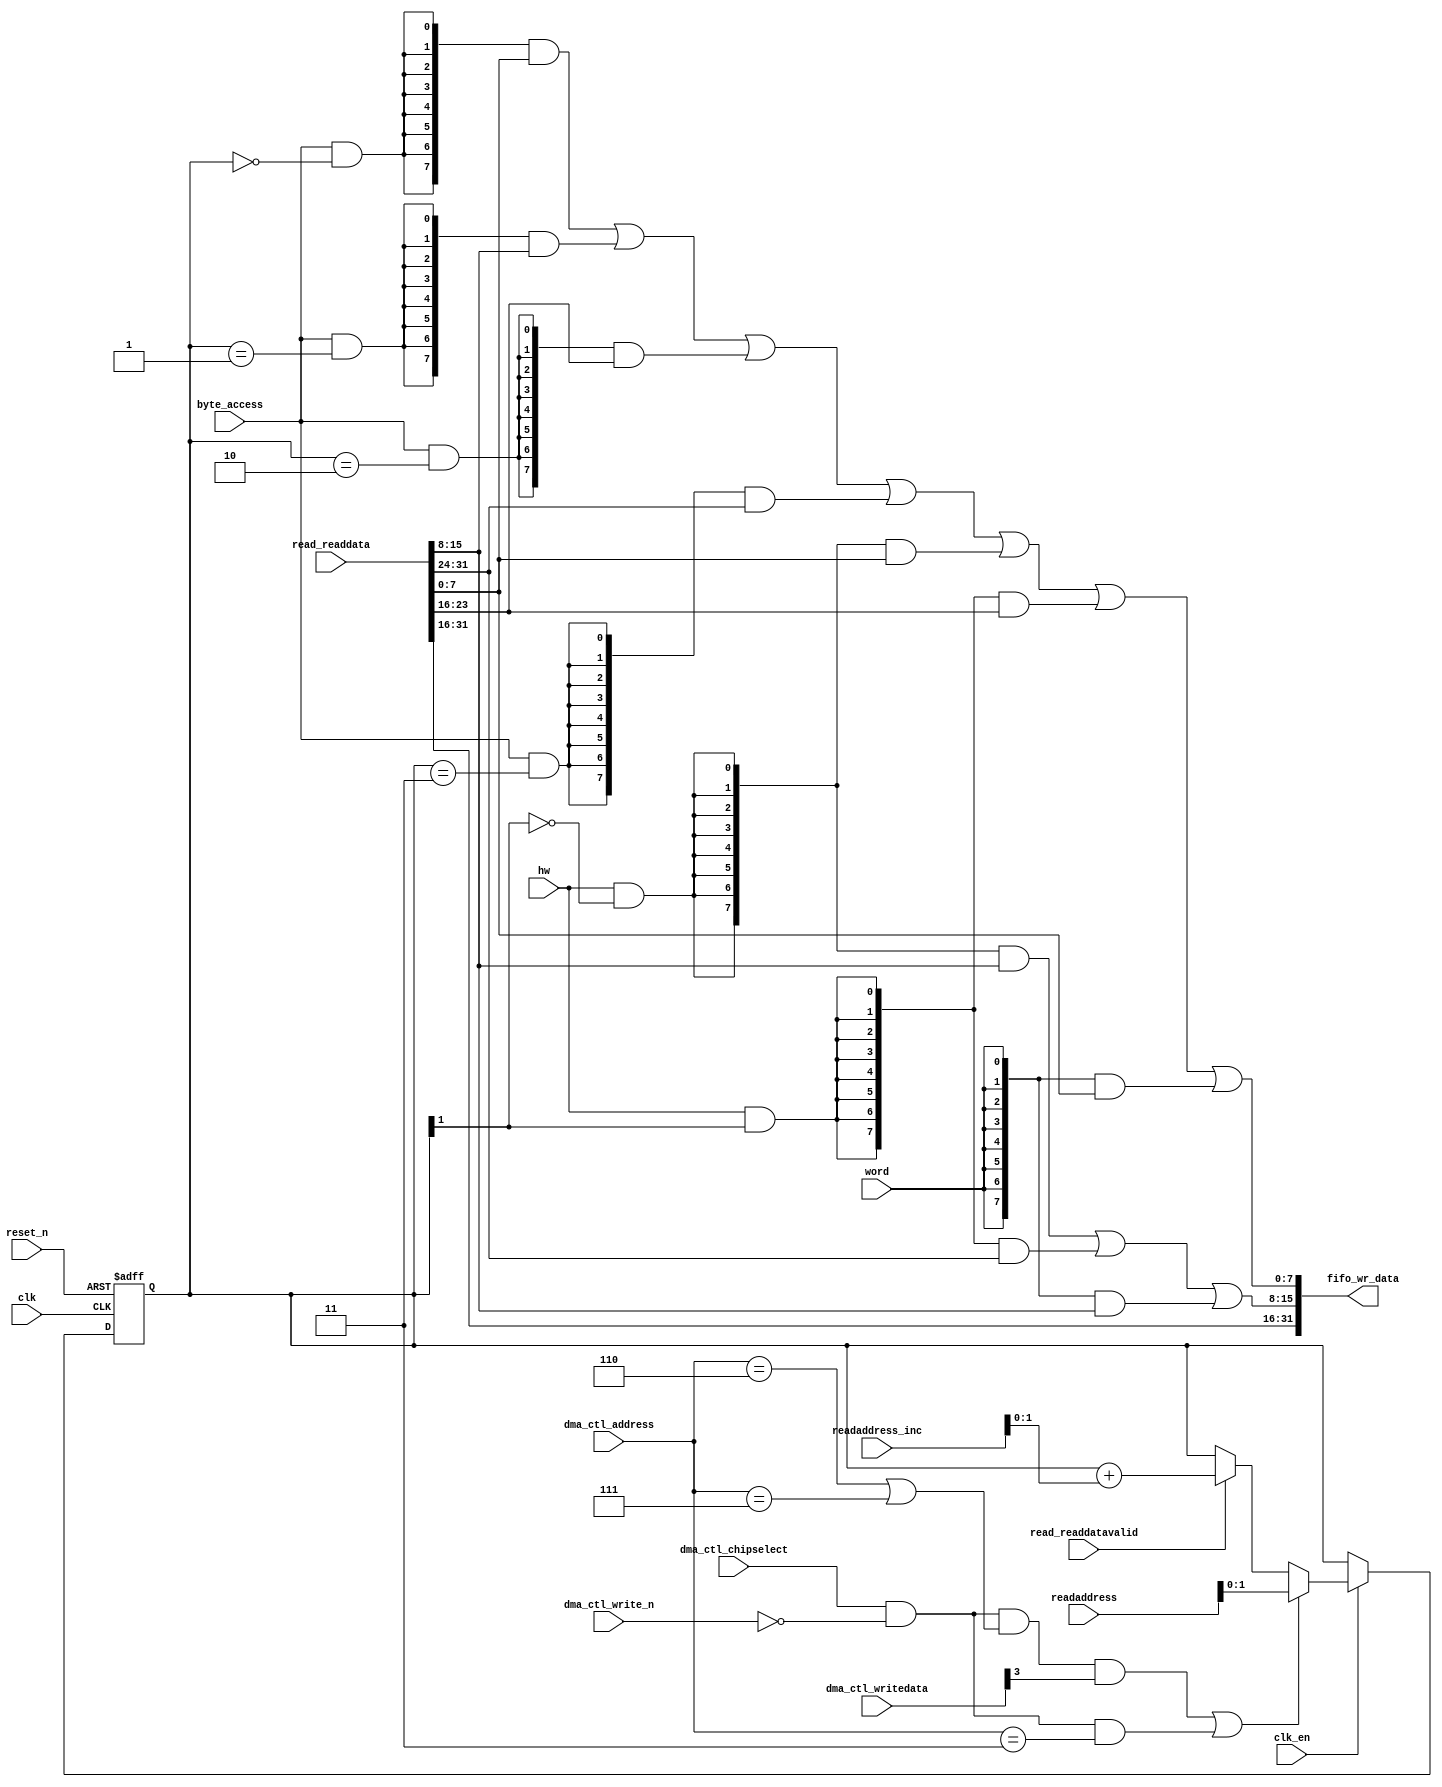
//Legal Notice: (C)2012 Altera Corporation. All rights reserved.  Your
//use of Altera Corporation's design tools, logic functions and other
//software and tools, and its AMPP partner logic functions, and any
//output files any of the foregoing (including device programming or
//simulation files), and any associated documentation or information are
//expressly subject to the terms and conditions of the Altera Program
//License Subscription Agreement or other applicable license agreement,
//including, without limitation, that your use is for the sole purpose
//of programming logic devices manufactured by Altera and sold by Altera
//or its authorized distributors.  Please refer to the applicable
//agreement for further details.

// synthesis translate_off
`timescale 1ns / 1ps
// synthesis translate_on

// turn off superfluous verilog processor warnings 
// altera message_level Level1 
// altera message_off 10034 10035 10036 10037 10230 10240 10030 

module limbus_sys_dma_read_data_mux (
                                      // inputs:
                                       byte_access,
                                       clk,
                                       clk_en,
                                       dma_ctl_address,
                                       dma_ctl_chipselect,
                                       dma_ctl_write_n,
                                       dma_ctl_writedata,
                                       hw,
                                       read_readdata,
                                       read_readdatavalid,
                                       readaddress,
                                       readaddress_inc,
                                       reset_n,
                                       word,

                                      // outputs:
                                       fifo_wr_data
                                    )
;

  output  [ 31: 0] fifo_wr_data;
  input            byte_access;
  input            clk;
  input            clk_en;
  input   [  2: 0] dma_ctl_address;
  input            dma_ctl_chipselect;
  input            dma_ctl_write_n;
  input   [ 24: 0] dma_ctl_writedata;
  input            hw;
  input   [ 31: 0] read_readdata;
  input            read_readdatavalid;
  input   [ 24: 0] readaddress;
  input   [  4: 0] readaddress_inc;
  input            reset_n;
  input            word;

  wire             control_write;
  wire    [ 31: 0] fifo_wr_data;
  wire             length_write;
  wire    [  1: 0] read_data_mux_input;
  reg     [  1: 0] readdata_mux_select;
  assign control_write = dma_ctl_chipselect & ~dma_ctl_write_n & ((dma_ctl_address == 6) || (dma_ctl_address == 7));
  assign length_write = dma_ctl_chipselect & ~dma_ctl_write_n & (dma_ctl_address == 3);
  assign read_data_mux_input = ((control_write && dma_ctl_writedata[3] || length_write))? readaddress[1 : 0] :
    (read_readdatavalid)? (readdata_mux_select + readaddress_inc) :
    readdata_mux_select;

  // Reset value: the transaction size bits of the read address reset value.
  always @(posedge clk or negedge reset_n)
    begin
      if (reset_n == 0)
          readdata_mux_select <= 0;
      else if (clk_en)
          readdata_mux_select <= read_data_mux_input[1 : 0];
    end


  assign fifo_wr_data[31 : 16] = read_readdata[31 : 16];
  assign fifo_wr_data[15 : 8] = ({8 {(hw & (readdata_mux_select[1] == 0))}} & read_readdata[15 : 8]) |
    ({8 {(hw & (readdata_mux_select[1] == 1))}} & read_readdata[31 : 24]) |
    ({8 {word}} & read_readdata[15 : 8]);

  assign fifo_wr_data[7 : 0] = ({8 {(byte_access & (readdata_mux_select[1 : 0] == 0))}} & read_readdata[7 : 0]) |
    ({8 {(byte_access & (readdata_mux_select[1 : 0] == 1))}} & read_readdata[15 : 8]) |
    ({8 {(byte_access & (readdata_mux_select[1 : 0] == 2))}} & read_readdata[23 : 16]) |
    ({8 {(byte_access & (readdata_mux_select[1 : 0] == 3))}} & read_readdata[31 : 24]) |
    ({8 {(hw & (readdata_mux_select[1] == 0))}} & read_readdata[7 : 0]) |
    ({8 {(hw & (readdata_mux_select[1] == 1))}} & read_readdata[23 : 16]) |
    ({8 {word}} & read_readdata[7 : 0]);


endmodule


// synthesis translate_off
`timescale 1ns / 1ps
// synthesis translate_on

// turn off superfluous verilog processor warnings 
// altera message_level Level1 
// altera message_off 10034 10035 10036 10037 10230 10240 10030 

module limbus_sys_dma_byteenables (
                                    // inputs:
                                     byte_access,
                                     hw,
                                     word,
                                     write_address,

                                    // outputs:
                                     write_byteenable
                                  )
;

  output  [  3: 0] write_byteenable;
  input            byte_access;
  input            hw;
  input            word;
  input   [ 24: 0] write_address;

  wire             wa_1_is_0;
  wire             wa_1_is_1;
  wire             wa_1_to_0_is_0;
  wire             wa_1_to_0_is_1;
  wire             wa_1_to_0_is_2;
  wire             wa_1_to_0_is_3;
  wire    [  3: 0] write_byteenable;
  assign wa_1_to_0_is_3 = write_address[1 : 0] == 2'h3;
  assign wa_1_to_0_is_2 = write_address[1 : 0] == 2'h2;
  assign wa_1_to_0_is_1 = write_address[1 : 0] == 2'h1;
  assign wa_1_to_0_is_0 = write_address[1 : 0] == 2'h0;
  assign wa_1_is_1 = write_address[1] == 1'h1;
  assign wa_1_is_0 = write_address[1] == 1'h0;
  assign write_byteenable = ({4 {byte_access}} & {wa_1_to_0_is_3, wa_1_to_0_is_2, wa_1_to_0_is_1, wa_1_to_0_is_0}) |
    ({4 {hw}} & {wa_1_is_1, wa_1_is_1, wa_1_is_0, wa_1_is_0}) |
    ({4 {word}} & 4'b1111);


endmodule


// synthesis translate_off
`timescale 1ns / 1ps
// synthesis translate_on

// turn off superfluous verilog processor warnings 
// altera message_level Level1 
// altera message_off 10034 10035 10036 10037 10230 10240 10030 

module limbus_sys_dma_fifo_module_fifo_ram_module (
                                                    // inputs:
                                                     clk,
                                                     data,
                                                     rdaddress,
                                                     rdclken,
                                                     reset_n,
                                                     wraddress,
                                                     wrclock,
                                                     wren,

                                                    // outputs:
                                                     q
                                                  )
;

  output  [ 31: 0] q;
  input            clk;
  input   [ 31: 0] data;
  input   [  7: 0] rdaddress;
  input            rdclken;
  input            reset_n;
  input   [  7: 0] wraddress;
  input            wrclock;
  input            wren;

  reg     [ 31: 0] mem_array [255: 0];
  wire    [ 31: 0] q;
  reg     [  7: 0] read_address;

//synthesis translate_off
//////////////// SIMULATION-ONLY CONTENTS
  always @(posedge clk or negedge reset_n)
    begin
      if (reset_n == 0)
          read_address <= 0;
      else if (rdclken)
          read_address <= rdaddress;
    end


  // Data read is synchronized through latent_rdaddress.
  assign q = mem_array[read_address];

  always @(posedge wrclock)
    begin
      // Write data
      if (wren)
          mem_array[wraddress] <= data;
    end



//////////////// END SIMULATION-ONLY CONTENTS

//synthesis translate_on
//synthesis read_comments_as_HDL on
//  always @(rdaddress)
//    begin
//      read_address = rdaddress;
//    end
//
//
//  lpm_ram_dp lpm_ram_dp_component
//    (
//      .data (data),
//      .q (q),
//      .rdaddress (read_address),
//      .rdclken (rdclken),
//      .rdclock (clk),
//      .wraddress (wraddress),
//      .wrclock (wrclock),
//      .wren (wren)
//    );
//
//  defparam lpm_ram_dp_component.lpm_file = "UNUSED",
//           lpm_ram_dp_component.lpm_hint = "USE_EAB=ON",
//           lpm_ram_dp_component.lpm_indata = "REGISTERED",
//           lpm_ram_dp_component.lpm_outdata = "UNREGISTERED",
//           lpm_ram_dp_component.lpm_rdaddress_control = "REGISTERED",
//           lpm_ram_dp_component.lpm_width = 32,
//           lpm_ram_dp_component.lpm_widthad = 8,
//           lpm_ram_dp_component.lpm_wraddress_control = "REGISTERED",
//           lpm_ram_dp_component.suppress_memory_conversion_warnings = "ON";
//
//synthesis read_comments_as_HDL off

endmodule


// synthesis translate_off
`timescale 1ns / 1ps
// synthesis translate_on

// turn off superfluous verilog processor warnings 
// altera message_level Level1 
// altera message_off 10034 10035 10036 10037 10230 10240 10030 

module limbus_sys_dma_fifo_module (
                                    // inputs:
                                     clk,
                                     clk_en,
                                     fifo_read,
                                     fifo_wr_data,
                                     fifo_write,
                                     flush_fifo,
                                     inc_pending_data,
                                     reset_n,

                                    // outputs:
                                     fifo_datavalid,
                                     fifo_empty,
                                     fifo_rd_data,
                                     p1_fifo_full
                                  )
;

  output           fifo_datavalid;
  output           fifo_empty;
  output  [ 31: 0] fifo_rd_data;
  output           p1_fifo_full;
  input            clk;
  input            clk_en;
  input            fifo_read;
  input   [ 31: 0] fifo_wr_data;
  input            fifo_write;
  input            flush_fifo;
  input            inc_pending_data;
  input            reset_n;

  wire    [  7: 0] estimated_rdaddress;
  reg     [  7: 0] estimated_wraddress;
  wire             fifo_datavalid;
  wire             fifo_dec;
  reg              fifo_empty;
  reg              fifo_full;
  wire             fifo_inc;
  wire    [ 31: 0] fifo_ram_q;
  wire    [ 31: 0] fifo_rd_data;
  reg              last_write_collision;
  reg     [ 31: 0] last_write_data;
  wire    [  7: 0] p1_estimated_wraddress;
  wire             p1_fifo_empty;
  wire             p1_fifo_full;
  wire    [  7: 0] p1_wraddress;
  wire    [  7: 0] rdaddress;
  reg     [  7: 0] rdaddress_reg;
  reg     [  7: 0] wraddress;
  wire             write_collision;
  assign p1_wraddress = (fifo_write)? wraddress - 1 :
    wraddress;

  always @(posedge clk or negedge reset_n)
    begin
      if (reset_n == 0)
          wraddress <= 0;
      else if (clk_en)
          if (flush_fifo)
              wraddress <= 0;
          else 
            wraddress <= p1_wraddress;
    end


  assign rdaddress = flush_fifo ? 0 : fifo_read ? (rdaddress_reg - 1) : rdaddress_reg;
  always @(posedge clk or negedge reset_n)
    begin
      if (reset_n == 0)
          rdaddress_reg <= 0;
      else 
        rdaddress_reg <= rdaddress;
    end


  assign fifo_datavalid = ~fifo_empty;
  assign fifo_inc = fifo_write & ~fifo_read;
  assign fifo_dec = fifo_read & ~fifo_write;
  assign estimated_rdaddress = rdaddress_reg - 1;
  assign p1_estimated_wraddress = (inc_pending_data)? estimated_wraddress - 1 :
    estimated_wraddress;

  always @(posedge clk or negedge reset_n)
    begin
      if (reset_n == 0)
          estimated_wraddress <= {8 {1'b1}};
      else if (clk_en)
          if (flush_fifo)
              estimated_wraddress <= {8 {1'b1}};
          else 
            estimated_wraddress <= p1_estimated_wraddress;
    end


  assign p1_fifo_empty = flush_fifo  | ((~fifo_inc & fifo_empty) | (fifo_dec & (wraddress == estimated_rdaddress)));
  always @(posedge clk or negedge reset_n)
    begin
      if (reset_n == 0)
          fifo_empty <= 1;
      else if (clk_en)
          fifo_empty <= p1_fifo_empty;
    end


  assign p1_fifo_full = ~flush_fifo & ((~fifo_dec & fifo_full)  | (inc_pending_data & (estimated_wraddress == rdaddress)));
  always @(posedge clk or negedge reset_n)
    begin
      if (reset_n == 0)
          fifo_full <= 0;
      else if (clk_en)
          fifo_full <= p1_fifo_full;
    end


  assign write_collision = fifo_write && (wraddress == rdaddress);
  always @(posedge clk or negedge reset_n)
    begin
      if (reset_n == 0)
          last_write_data <= 0;
      else if (write_collision)
          last_write_data <= fifo_wr_data;
    end


  always @(posedge clk or negedge reset_n)
    begin
      if (reset_n == 0)
          last_write_collision <= 0;
      else if (write_collision)
          last_write_collision <= -1;
      else if (fifo_read)
          last_write_collision <= 0;
    end


  assign fifo_rd_data = last_write_collision ? last_write_data : fifo_ram_q;
  //limbus_sys_dma_fifo_module_fifo_ram, which is an e_ram
  limbus_sys_dma_fifo_module_fifo_ram_module limbus_sys_dma_fifo_module_fifo_ram
    (
      .clk       (clk),
      .data      (fifo_wr_data),
      .q         (fifo_ram_q),
      .rdaddress (rdaddress),
      .rdclken   (1'b1),
      .reset_n   (reset_n),
      .wraddress (wraddress),
      .wrclock   (clk),
      .wren      (fifo_write)
    );


endmodule


// synthesis translate_off
`timescale 1ns / 1ps
// synthesis translate_on

// turn off superfluous verilog processor warnings 
// altera message_level Level1 
// altera message_off 10034 10035 10036 10037 10230 10240 10030 

module limbus_sys_dma_mem_read (
                                 // inputs:
                                  clk,
                                  clk_en,
                                  go,
                                  p1_done_read,
                                  p1_fifo_full,
                                  read_waitrequest,
                                  reset_n,

                                 // outputs:
                                  inc_read,
                                  mem_read_n
                               )
;

  output           inc_read;
  output           mem_read_n;
  input            clk;
  input            clk_en;
  input            go;
  input            p1_done_read;
  input            p1_fifo_full;
  input            read_waitrequest;
  input            reset_n;

  wire             inc_read;
  reg              limbus_sys_dma_mem_read_access;
  reg              limbus_sys_dma_mem_read_idle;
  wire             mem_read_n;
  wire             p1_read_select;
  reg              read_select;
  assign mem_read_n = ~read_select;
  always @(posedge clk or negedge reset_n)
    begin
      if (reset_n == 0)
          read_select <= 0;
      else if (clk_en)
          read_select <= p1_read_select;
    end


  assign inc_read = read_select & ~read_waitrequest;
  // Transitions into state 'idle'.
  always @(posedge clk or negedge reset_n)
    begin
      if (reset_n == 0)
          limbus_sys_dma_mem_read_idle <= 1;
      else if (clk_en)
          limbus_sys_dma_mem_read_idle <= ((limbus_sys_dma_mem_read_idle == 1) & (go == 0)) |
                    ((limbus_sys_dma_mem_read_idle == 1) & (p1_done_read == 1)) |
                    ((limbus_sys_dma_mem_read_idle == 1) & (p1_fifo_full == 1)) |
                    ((limbus_sys_dma_mem_read_access == 1) & (p1_fifo_full == 1) & (read_waitrequest == 0)) |
                    ((limbus_sys_dma_mem_read_access == 1) & (p1_done_read == 1) & (read_waitrequest == 0));

    end


  // Transitions into state 'access'.
  always @(posedge clk or negedge reset_n)
    begin
      if (reset_n == 0)
          limbus_sys_dma_mem_read_access <= 0;
      else if (clk_en)
          limbus_sys_dma_mem_read_access <= ((limbus_sys_dma_mem_read_idle == 1) & (p1_fifo_full == 0) & (p1_done_read == 0) & (go == 1)) |
                    ((limbus_sys_dma_mem_read_access == 1) & (read_waitrequest == 1)) |
                    ((limbus_sys_dma_mem_read_access == 1) & (p1_fifo_full == 0) & (p1_done_read == 0) & (read_waitrequest == 0));

    end


  assign p1_read_select = ({1 {((limbus_sys_dma_mem_read_access && (read_waitrequest == 1)))}} & 1) |
    ({1 {((limbus_sys_dma_mem_read_access && (p1_done_read == 0) && (p1_fifo_full == 0) && (read_waitrequest == 0)))}} & 1) |
    ({1 {((limbus_sys_dma_mem_read_idle && (go == 1) && (p1_done_read == 0) && (p1_fifo_full == 0)))}} & 1);


endmodule


// synthesis translate_off
`timescale 1ns / 1ps
// synthesis translate_on

// turn off superfluous verilog processor warnings 
// altera message_level Level1 
// altera message_off 10034 10035 10036 10037 10230 10240 10030 

module limbus_sys_dma_mem_write (
                                  // inputs:
                                   d1_enabled_write_endofpacket,
                                   fifo_datavalid,
                                   write_waitrequest,

                                  // outputs:
                                   fifo_read,
                                   inc_write,
                                   mem_write_n,
                                   write_select
                                )
;

  output           fifo_read;
  output           inc_write;
  output           mem_write_n;
  output           write_select;
  input            d1_enabled_write_endofpacket;
  input            fifo_datavalid;
  input            write_waitrequest;

  wire             fifo_read;
  wire             inc_write;
  wire             mem_write_n;
  wire             write_select;
  assign write_select = fifo_datavalid & ~d1_enabled_write_endofpacket;
  assign mem_write_n = ~write_select;
  assign fifo_read = write_select & ~write_waitrequest;
  assign inc_write = fifo_read;

endmodule


// synthesis translate_off
`timescale 1ns / 1ps
// synthesis translate_on

// turn off superfluous verilog processor warnings 
// altera message_level Level1 
// altera message_off 10034 10035 10036 10037 10230 10240 10030 

// DMA peripheral limbus_sys_dma
//Mastered by:
//yyexport_control_port_slave/opp; 
//Read slaves:
//yysystem_burst_0/upstream; 
//Write slaves:
//yysystem_burst_1/upstream; 


module limbus_sys_dma (
                        // inputs:
                         clk,
                         dma_ctl_address,
                         dma_ctl_chipselect,
                         dma_ctl_write_n,
                         dma_ctl_writedata,
                         read_readdata,
                         read_readdatavalid,
                         read_waitrequest,
                         system_reset_n,
                         write_waitrequest,

                        // outputs:
                         dma_ctl_irq,
                         dma_ctl_readdata,
                         dma_ctl_readyfordata,
                         read_address,
                         read_burstcount,
                         read_chipselect,
                         read_flush,
                         read_read_n,
                         write_address,
                         write_burstcount,
                         write_byteenable,
                         write_chipselect,
                         write_write_n,
                         write_writedata
                      )
  /* synthesis ALTERA_ATTRIBUTE = "SUPPRESS_DA_RULE_INTERNAL=\"R101\"" */ ;

  output           dma_ctl_irq;
  output  [ 24: 0] dma_ctl_readdata;
  output           dma_ctl_readyfordata;
  output  [ 24: 0] read_address;
  output  [  8: 0] read_burstcount;
  output           read_chipselect;
  output           read_flush;
  output           read_read_n;
  output  [ 24: 0] write_address;
  output  [  8: 0] write_burstcount;
  output  [  3: 0] write_byteenable;
  output           write_chipselect;
  output           write_write_n;
  output  [ 31: 0] write_writedata;
  input            clk;
  input   [  2: 0] dma_ctl_address;
  input            dma_ctl_chipselect;
  input            dma_ctl_write_n;
  input   [ 24: 0] dma_ctl_writedata;
  input   [ 31: 0] read_readdata;
  input            read_readdatavalid;
  input            read_waitrequest;
  input            system_reset_n;
  input            write_waitrequest;

  reg              burst_read_waitrequest_s1;
  reg     [  8: 0] burstcount;
  reg     [  8: 0] burstcount_update;
  wire             busy;
  wire             byte_access;
  wire             clk_en;
  reg     [ 12: 0] control;
  reg              d1_done_transaction;
  reg              d1_enabled_write_endofpacket;
  reg              d1_read_got_endofpacket;
  reg              d1_softwarereset;
  wire             dma_ctl_irq;
  reg     [ 24: 0] dma_ctl_readdata;
  wire             dma_ctl_readyfordata;
  reg              done;
  wire             done_transaction;
  reg              done_write;
  wire             doubleword;
  wire             enabled_write_endofpacket;
  wire             fifo_datavalid;
  wire             fifo_empty;
  wire    [ 31: 0] fifo_rd_data;
  wire    [ 31: 0] fifo_rd_data_as_byte_access;
  wire    [ 31: 0] fifo_rd_data_as_hw;
  wire    [ 31: 0] fifo_rd_data_as_word;
  wire             fifo_read;
  wire    [ 31: 0] fifo_wr_data;
  wire             fifo_write;
  wire             fifo_write_data_valid;
  wire             flush_fifo;
  wire             go;
  wire             hw;
  wire             i_en;
  wire             inc_read;
  wire             inc_write;
  wire             leen;
  reg              len;
  reg     [ 23: 0] length;
  reg              length_eq_0;
  wire             length_register_write;
  wire             mem_read_n;
  wire             mem_write_n;
  wire    [ 12: 0] p1_control;
  wire    [ 24: 0] p1_dma_ctl_readdata;
  wire             p1_done_read;
  wire             p1_done_write;
  wire             p1_fifo_full;
  wire    [ 23: 0] p1_length;
  wire             p1_length_eq_0;
  wire             p1_read_got_endofpacket;
  wire    [ 24: 0] p1_readaddress;
  wire             p1_write_got_endofpacket;
  wire    [ 24: 0] p1_writeaddress;
  wire    [ 23: 0] p1_writelength;
  wire             p1_writelength_eq_0;
  wire             quadword;
  wire             rcon;
  wire    [ 24: 0] read_address;
  wire    [  8: 0] read_burstcount;
  wire             read_chipselect;
  wire             read_endofpacket;
  wire             read_flush;
  reg              read_got_endofpacket;
  wire             read_read_n;
  reg              read_waitrequest_s1;
  reg     [ 24: 0] readaddress;
  wire    [  4: 0] readaddress_inc;
  wire             reen;
  reg              reop;
  wire             reset_n;
  wire             set_software_reset_bit;
  reg              software_reset_request;
  wire             softwarereset;
  wire    [  4: 0] status;
  wire             status_register_write;
  wire             wcon;
  wire             ween;
  reg              weop;
  wire             word;
  wire    [ 24: 0] write_address;
  wire    [  8: 0] write_burstcount;
  wire    [  3: 0] write_byteenable;
  wire             write_chipselect;
  wire             write_endofpacket;
  reg              write_got_endofpacket;
  wire             write_select;
  wire             write_write_n;
  wire    [ 31: 0] write_writedata;
  reg     [ 24: 0] writeaddress;
  wire    [  4: 0] writeaddress_inc;
  reg     [ 23: 0] writelength;
  reg              writelength_eq_0;
  assign clk_en = 1;
  //control_port_slave, which is an e_avalon_slave
  //read_master, which is an e_avalon_master
  limbus_sys_dma_read_data_mux the_limbus_sys_dma_read_data_mux
    (
      .byte_access        (byte_access),
      .clk                (clk),
      .clk_en             (clk_en),
      .dma_ctl_address    (dma_ctl_address),
      .dma_ctl_chipselect (dma_ctl_chipselect),
      .dma_ctl_write_n    (dma_ctl_write_n),
      .dma_ctl_writedata  (dma_ctl_writedata),
      .fifo_wr_data       (fifo_wr_data),
      .hw                 (hw),
      .read_readdata      (read_readdata),
      .read_readdatavalid (read_readdatavalid),
      .readaddress        (readaddress),
      .readaddress_inc    (readaddress_inc),
      .reset_n            (reset_n),
      .word               (word)
    );

  //write_master, which is an e_avalon_master
  limbus_sys_dma_byteenables the_limbus_sys_dma_byteenables
    (
      .byte_access      (byte_access),
      .hw               (hw),
      .word             (word),
      .write_address    (write_address),
      .write_byteenable (write_byteenable)
    );

  assign dma_ctl_readyfordata = ~busy;
  assign length_register_write = dma_ctl_chipselect & ~dma_ctl_write_n & (dma_ctl_address == 3);
  always @(posedge clk or negedge reset_n)
    begin
      if (reset_n == 0)
          burstcount_update <= 1;
      else if (length_register_write)
          burstcount_update <= dma_ctl_writedata >> 2;
    end


  always @(posedge clk or negedge reset_n)
    begin
      if (reset_n == 0)
          burstcount <= 1;
      else if (~busy)
          burstcount <= burstcount_update;
    end


  assign read_burstcount = burstcount;
  assign write_burstcount = burstcount;
  //read burst request cycle
  always @(posedge clk or negedge reset_n)
    begin
      if (reset_n == 0)
          burst_read_waitrequest_s1 <= 0;
      else if (clk_en)
          burst_read_waitrequest_s1 <= ~mem_read_n;
    end


  always @(posedge clk or negedge reset_n)
    begin
      if (reset_n == 0)
          read_waitrequest_s1 <= 0;
      else if (clk_en)
          read_waitrequest_s1 <= read_waitrequest;
    end


  assign read_read_n = (~read_waitrequest_s1 & burst_read_waitrequest_s1) || mem_read_n;
  assign status_register_write = dma_ctl_chipselect & ~dma_ctl_write_n & (dma_ctl_address == 0);
  // read address
  always @(posedge clk or negedge reset_n)
    begin
      if (reset_n == 0)
          readaddress <= 25'h0;
      else if (clk_en)
          readaddress <= p1_readaddress;
    end


  assign p1_readaddress = ((dma_ctl_chipselect & ~dma_ctl_write_n & (dma_ctl_address == 1)))? dma_ctl_writedata :
    (inc_read)? (readaddress + readaddress_inc) :
    readaddress;

  // write address
  always @(posedge clk or negedge reset_n)
    begin
      if (reset_n == 0)
          writeaddress <= 25'h0;
      else if (clk_en)
          writeaddress <= p1_writeaddress;
    end


  assign p1_writeaddress = ((dma_ctl_chipselect & ~dma_ctl_write_n & (dma_ctl_address == 2)))? dma_ctl_writedata :
    (inc_write)? (writeaddress + writeaddress_inc) :
    writeaddress;

  // length in bytes
  always @(posedge clk or negedge reset_n)
    begin
      if (reset_n == 0)
          length <= 24'h0;
      else if (clk_en)
          length <= p1_length;
    end


  assign p1_length = ((dma_ctl_chipselect & ~dma_ctl_write_n & (dma_ctl_address == 3)))? dma_ctl_writedata :
    ((inc_read && (!length_eq_0)))? length - length :
    length;

  // control register
  always @(posedge clk or negedge reset_n)
    begin
      if (reset_n == 0)
          control <= 13'h84;
      else if (clk_en)
          control <= p1_control;
    end


  assign p1_control = ((dma_ctl_chipselect & ~dma_ctl_write_n & ((dma_ctl_address == 6) || (dma_ctl_address == 7))))? dma_ctl_writedata :
    control;

  // write master length
  always @(posedge clk or negedge reset_n)
    begin
      if (reset_n == 0)
          writelength <= 24'h0;
      else if (clk_en)
          writelength <= p1_writelength;
    end


  assign p1_writelength = ((dma_ctl_chipselect & ~dma_ctl_write_n & (dma_ctl_address == 3)))? dma_ctl_writedata :
    ((inc_write && (!writelength_eq_0)))? writelength - {1'b0,
    1'b0,
    word,
    hw,
    byte_access} :
    writelength;

  assign p1_writelength_eq_0 = inc_write && (!writelength_eq_0) && ((writelength  - {1'b0,
    1'b0,
    word,
    hw,
    byte_access}) == 0);

  assign p1_length_eq_0 = inc_read && (!length_eq_0) && ((length  - length) == 0);
  always @(posedge clk or negedge reset_n)
    begin
      if (reset_n == 0)
          length_eq_0 <= 1;
      else if (clk_en)
          if (dma_ctl_chipselect & ~dma_ctl_write_n & (dma_ctl_address == 3))
              length_eq_0 <= 0;
          else if (p1_length_eq_0)
              length_eq_0 <= -1;
    end


  always @(posedge clk or negedge reset_n)
    begin
      if (reset_n == 0)
          writelength_eq_0 <= 1;
      else if (clk_en)
          if (dma_ctl_chipselect & ~dma_ctl_write_n & (dma_ctl_address == 3))
              writelength_eq_0 <= 0;
          else if (p1_writelength_eq_0)
              writelength_eq_0 <= -1;
    end


  assign writeaddress_inc = (wcon)? 0 :
    (1)? 0 :
    {1'b0,
    1'b0,
    word,
    hw,
    byte_access};

  assign readaddress_inc = (rcon)? 0 :
    (1)? 0 :
    {1'b0,
    1'b0,
    word,
    hw,
    byte_access};

  assign p1_dma_ctl_readdata = ({25 {(dma_ctl_address == 0)}} & status) |
    ({25 {(dma_ctl_address == 1)}} & readaddress) |
    ({25 {(dma_ctl_address == 2)}} & writeaddress) |
    ({25 {(dma_ctl_address == 3)}} & writelength) |
    ({25 {(dma_ctl_address == 6)}} & control);

  always @(posedge clk or negedge reset_n)
    begin
      if (reset_n == 0)
          dma_ctl_readdata <= 0;
      else if (clk_en)
          dma_ctl_readdata <= p1_dma_ctl_readdata;
    end


  assign done_transaction = go & done_write;
  always @(posedge clk or negedge reset_n)
    begin
      if (reset_n == 0)
          done <= 0;
      else if (clk_en)
          if (status_register_write)
              done <= 0;
          else if (done_transaction & ~d1_done_transaction)
              done <= -1;
    end


  always @(posedge clk or negedge reset_n)
    begin
      if (reset_n == 0)
          d1_done_transaction <= 0;
      else if (clk_en)
          d1_done_transaction <= done_transaction;
    end


  assign busy = go & ~done_write;
  assign status[0] = done;
  assign status[1] = busy;
  assign status[2] = reop;
  assign status[3] = weop;
  assign status[4] = len;
  assign byte_access = control[0];
  assign hw = control[1];
  assign word = control[2];
  assign go = control[3];
  assign i_en = control[4];
  assign reen = 1'b0;
  assign ween = 1'b0;
  assign leen = control[7];
  assign rcon = control[8];
  assign wcon = control[9];
  assign doubleword = control[10];
  assign quadword = control[11];
  assign softwarereset = control[12];
  assign dma_ctl_irq = i_en & done;
  assign p1_read_got_endofpacket = ~status_register_write && (read_got_endofpacket || (read_endofpacket & reen));
  assign p1_write_got_endofpacket = ~status_register_write && (write_got_endofpacket || (inc_write & write_endofpacket & ween));
  always @(posedge clk or negedge reset_n)
    begin
      if (reset_n == 0)
          read_got_endofpacket <= 0;
      else if (clk_en)
          read_got_endofpacket <= p1_read_got_endofpacket;
    end


  always @(posedge clk or negedge reset_n)
    begin
      if (reset_n == 0)
          write_got_endofpacket <= 0;
      else if (clk_en)
          write_got_endofpacket <= p1_write_got_endofpacket;
    end


  assign flush_fifo = ~d1_done_transaction & done_transaction;
  limbus_sys_dma_fifo_module the_limbus_sys_dma_fifo_module
    (
      .clk              (clk),
      .clk_en           (clk_en),
      .fifo_datavalid   (fifo_datavalid),
      .fifo_empty       (fifo_empty),
      .fifo_rd_data     (fifo_rd_data),
      .fifo_read        (fifo_read),
      .fifo_wr_data     (fifo_wr_data),
      .fifo_write       (fifo_write),
      .flush_fifo       (flush_fifo),
      .inc_pending_data (inc_read),
      .p1_fifo_full     (p1_fifo_full),
      .reset_n          (reset_n)
    );

  //the_limbus_sys_dma_mem_read, which is an e_instance
  limbus_sys_dma_mem_read the_limbus_sys_dma_mem_read
    (
      .clk              (clk),
      .clk_en           (clk_en),
      .go               (go),
      .inc_read         (inc_read),
      .mem_read_n       (mem_read_n),
      .p1_done_read     (p1_done_read),
      .p1_fifo_full     (p1_fifo_full),
      .read_waitrequest (read_waitrequest),
      .reset_n          (reset_n)
    );

  assign fifo_write = fifo_write_data_valid;
  assign enabled_write_endofpacket = write_endofpacket & ween;
  always @(posedge clk or negedge reset_n)
    begin
      if (reset_n == 0)
          d1_enabled_write_endofpacket <= 0;
      else if (clk_en)
          d1_enabled_write_endofpacket <= enabled_write_endofpacket;
    end


  limbus_sys_dma_mem_write the_limbus_sys_dma_mem_write
    (
      .d1_enabled_write_endofpacket (d1_enabled_write_endofpacket),
      .fifo_datavalid               (fifo_datavalid),
      .fifo_read                    (fifo_read),
      .inc_write                    (inc_write),
      .mem_write_n                  (mem_write_n),
      .write_select                 (write_select),
      .write_waitrequest            (write_waitrequest)
    );

  assign p1_done_read = (leen && (p1_length_eq_0 || (length_eq_0))) | p1_read_got_endofpacket | p1_done_write;
  always @(posedge clk or negedge reset_n)
    begin
      if (reset_n == 0)
          len <= 0;
      else if (clk_en)
          if (status_register_write)
              len <= 0;
          else if (~d1_done_transaction & done_transaction && (writelength_eq_0))
              len <= -1;
    end


  always @(posedge clk or negedge reset_n)
    begin
      if (reset_n == 0)
          reop <= 0;
      else if (clk_en)
          if (status_register_write)
              reop <= 0;
          else if (fifo_empty & read_got_endofpacket & d1_read_got_endofpacket)
              reop <= -1;
    end


  always @(posedge clk or negedge reset_n)
    begin
      if (reset_n == 0)
          weop <= 0;
      else if (clk_en)
          if (status_register_write)
              weop <= 0;
          else if (write_got_endofpacket)
              weop <= -1;
    end


  assign p1_done_write = (leen && (p1_writelength_eq_0 || writelength_eq_0)) | p1_write_got_endofpacket | fifo_empty & d1_read_got_endofpacket;
  always @(posedge clk or negedge reset_n)
    begin
      if (reset_n == 0)
          d1_read_got_endofpacket <= 0;
      else if (clk_en)
          d1_read_got_endofpacket <= read_got_endofpacket;
    end


  // Write has completed when the length goes to 0, or
  //the write source said end-of-packet, or
  //the read source said end-of-packet and the fifo has emptied.
  always @(posedge clk or negedge reset_n)
    begin
      if (reset_n == 0)
          done_write <= 0;
      else if (clk_en)
          done_write <= p1_done_write;
    end


  assign read_address = readaddress;
  assign write_address = writeaddress;
  assign write_chipselect = write_select;
  assign read_chipselect = ~read_read_n;
  assign write_write_n = mem_write_n;
  assign read_flush = flush_fifo;
  assign fifo_rd_data_as_byte_access = {fifo_rd_data[7 : 0],
    fifo_rd_data[7 : 0],
    fifo_rd_data[7 : 0],
    fifo_rd_data[7 : 0]};

  assign fifo_rd_data_as_hw = {fifo_rd_data[15 : 0],
    fifo_rd_data[15 : 0]};

  assign fifo_rd_data_as_word = fifo_rd_data[31 : 0];
  assign write_writedata = ({32 {byte_access}} & fifo_rd_data_as_byte_access) |
    ({32 {hw}} & fifo_rd_data_as_hw) |
    ({32 {word}} & fifo_rd_data_as_word);

  assign fifo_write_data_valid = read_readdatavalid;
  assign set_software_reset_bit = ((dma_ctl_chipselect & ~dma_ctl_write_n & ((dma_ctl_address == 6) || (dma_ctl_address == 7)))) & (dma_ctl_address != 7) & dma_ctl_writedata[12];
  always @(posedge clk or negedge system_reset_n)
    begin
      if (system_reset_n == 0)
          d1_softwarereset <= 0;
      else if (set_software_reset_bit | software_reset_request)
          d1_softwarereset <= softwarereset & ~software_reset_request;
    end


  always @(posedge clk or negedge system_reset_n)
    begin
      if (system_reset_n == 0)
          software_reset_request <= 0;
      else if (set_software_reset_bit | software_reset_request)
          software_reset_request <= d1_softwarereset & ~software_reset_request;
    end


  assign reset_n = ~(~system_reset_n | software_reset_request);
  assign read_endofpacket = 0;
  assign write_endofpacket = 0;

endmodule